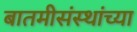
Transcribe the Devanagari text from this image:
बातमीसंस्थांच्या